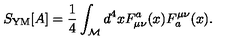
S _ { \mathrm { Y M } } [ A ] = \frac { 1 } { 4 } \int _ { \cal M } d ^ { 4 } x F _ { \mu \nu } ^ { a } ( x ) F _ { a } ^ { \mu \nu } ( x ) .